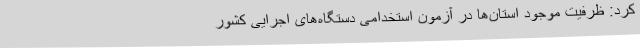
کرد: ظرفیت موجود استان‌ها در آزمون استخدامی دستگاه‌های اجرایی کشور